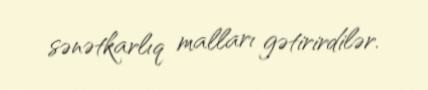
sənətkarlıq malları gətirirdilər.